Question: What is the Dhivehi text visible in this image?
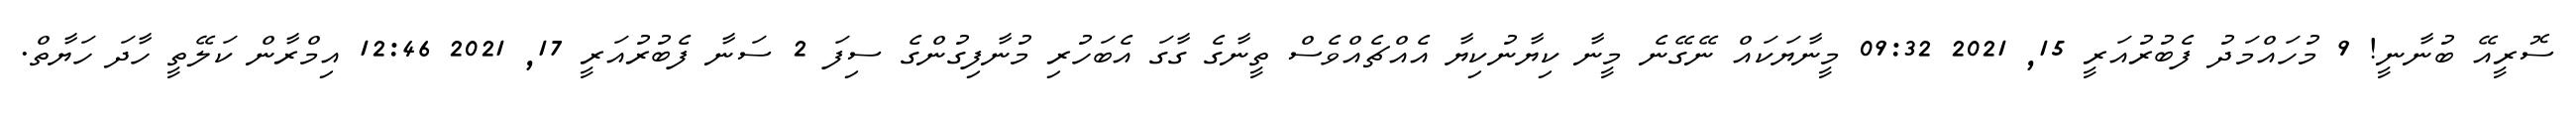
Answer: ސޮރީއޭ ބުނާނީ! 9 މުހައްމަދު ފެބުރުއަރީ 15, 2021 09:32 މީނާޔަކައް ނޭގޭނެ މީނާ ކިޔާނުކިޔާ އެއްޗެއްވެސް ތީނާގެ ގާގަ އެބަހުރި މުނާފިގުންގެ ސިފަ 2 ސަނާ ފެބުރުއަރީ 17, 2021 12:46 އިމްރާން ކަލޭތީ ހާދަ ހަޔާތް.